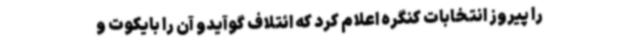
را پیروز انتخابات کنگره اعلام کرد که ائتلاف گوآیدو آن را بایکوت و